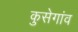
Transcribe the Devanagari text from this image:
कुसेगांव